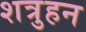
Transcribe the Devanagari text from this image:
शत्रुहन